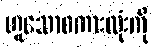
ဟူသောစကားလုံးကို